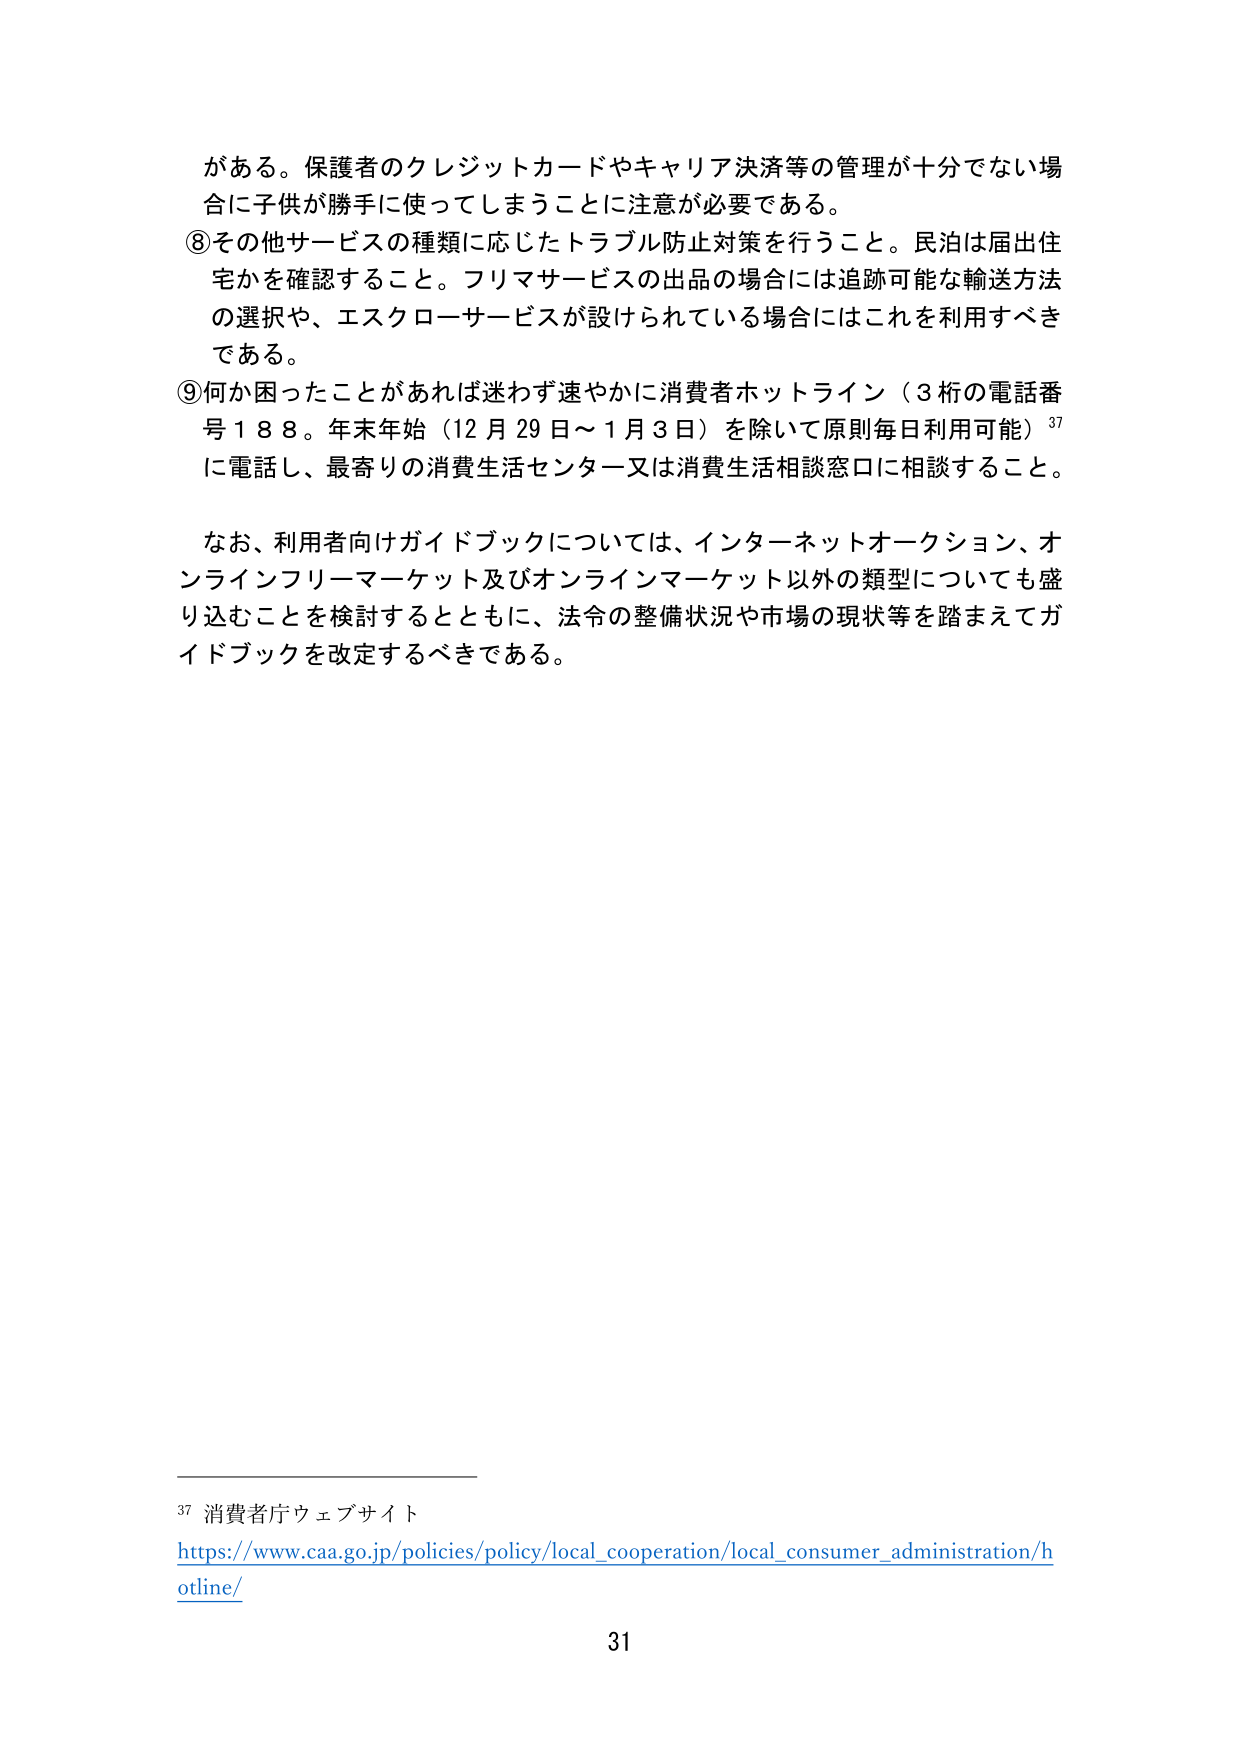
がある。保護者のクレジットカードやキャリア決済等の管理が十分でない場合に子供が勝手に使ってしまうことに注意が必要である。

⑧その他サービスの種類に応じたトラブル防止対策を行うこと。民泊は届出住宅かを確認すること。フリマサービスの出品の場合には追跡可能な輸送方法の選択や、エスクローサービスが設けられている場合にはこれを利用すべきである。

⑨何か困ったことがあれば迷わず速やかに消費者ホットライン（3桁の電話番号188。年末年始（12月29日～1月3日）を除いて原則毎日利用可能）37に電話し、最寄りの消費生活センター又は消費生活相談窓口に相談すること。

なお、利用者向けガイドブックについては、インターネットオークション、オンラインフリーマーケット及びオンラインマーケット以外の類型についても盛り込むことを検討するとともに、法令の整備状況や市場の現状等を踏まえてガイドブックを改定するべきである。

37 消費者庁ウェブサイト
https://www.caa.go.jp/policies/policy/local_cooperation/local_consumer_administration/hotline/

31